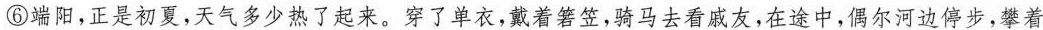
⑥端阳,正是初夏,天气多少热了起来。穿了单衣,戴着箸笠,骑马去看戚友,在途中,偶尔河边停步,攀着